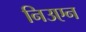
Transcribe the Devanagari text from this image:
निउएन